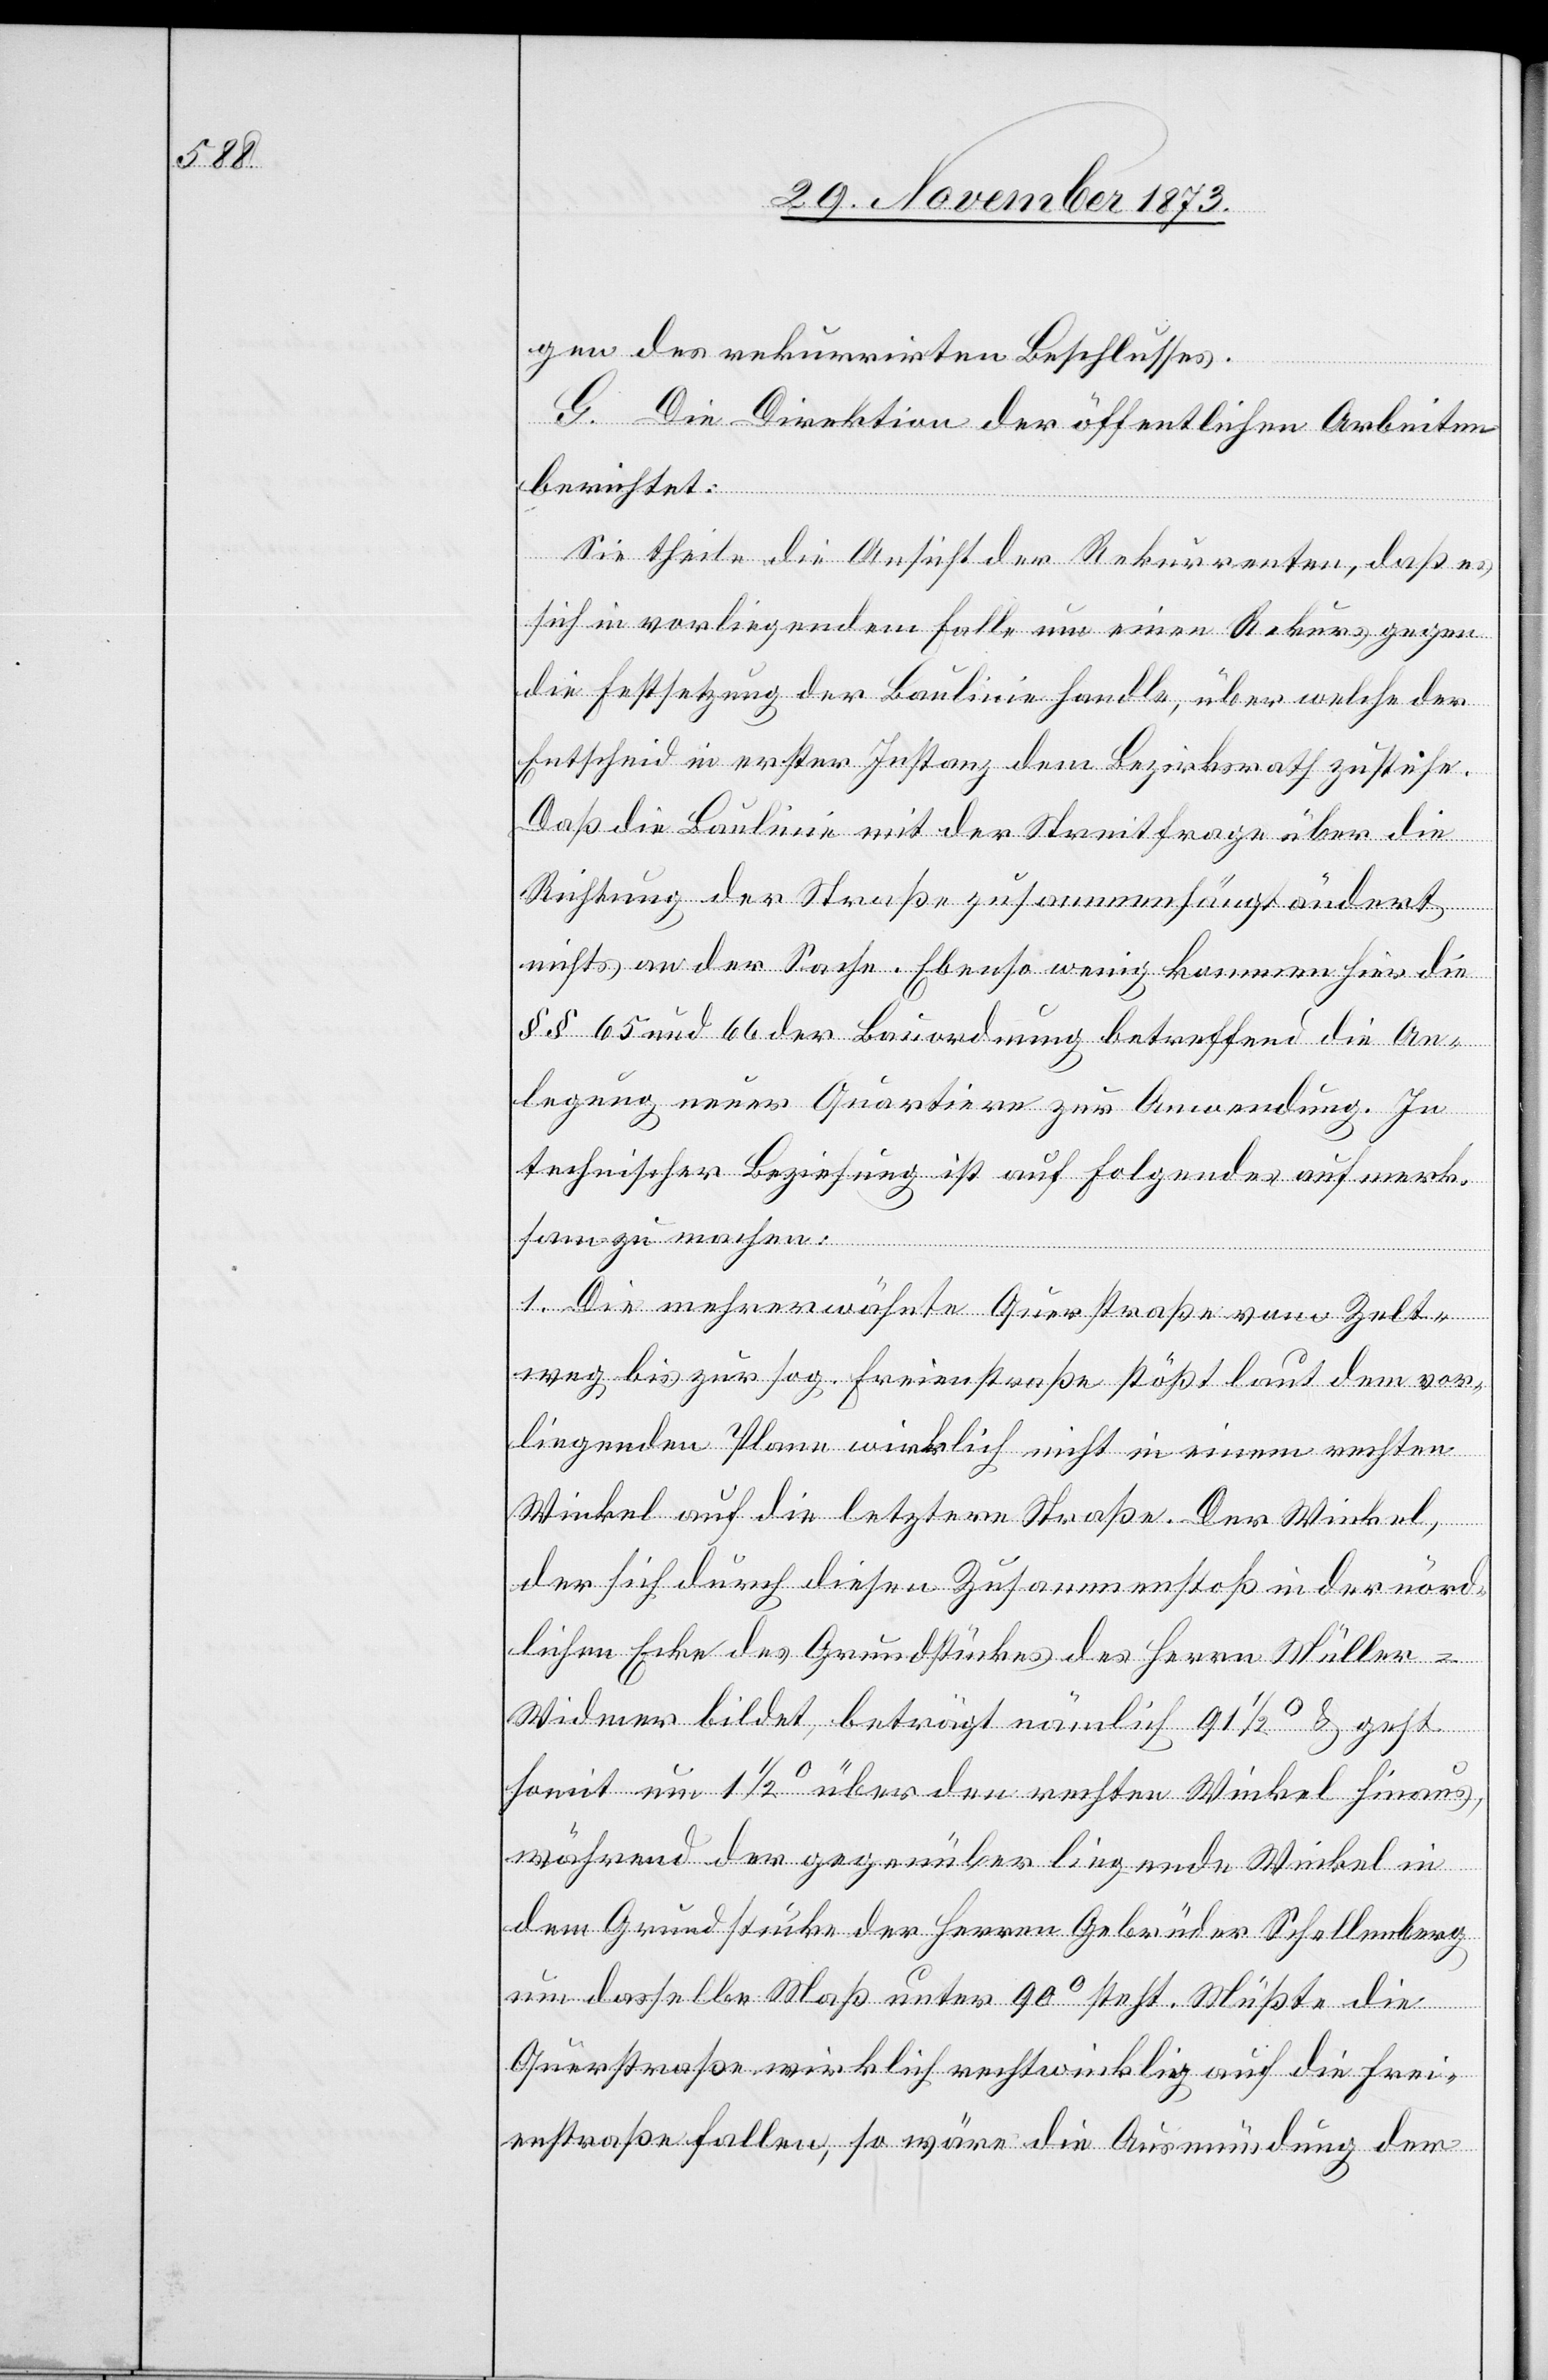
gen des rekurrirten Beschlusses.
G. Die Direktion der öffentlichen Arbeiten
berichtet:
Sie theile die Ansicht der Rekurrenten, daß es
sich in vorliegendem Falle um einen Rekurs gegen
die Festsetzung der Baulinie handle, über welche der
Entscheid in erster Instanz dem Bezirksrath zustehe.
Daß die Baulinie mit der Streitfrage über die
Richtung der Straße zusammenhängt ändert
nichts an der Sache. Ebenso wenig kommen hier die
§§ 65 und 66 der Bauordnung betreffend die An¬
legung neuer Quartiere zur Anwendung. In
technischer Beziehung ist auf Folgendes aufmerk¬
sam zu machen:
1. Die mehrerwähnte Querstraße vom Zelt¬
weg bis zur sog. Freienstraße stößt laut dem vor¬
liegenden Plane wirklich nicht in einem rechten
Winkel auf die letztere Straße. Der Winkel,
der sich durch diesen Zusammenstoß in der nörd¬
lichen Ecke des Grundstückes des Herrn Müller-W¬
idmer bildet, beträgt nämlich 91 1/2° & geht
somit um 1 1/2° über den rechten Winkel hinaus,
während der gegenüber liegende Winkel in
dem Grundstücke der Herren Gebrüder Schellenberg
um dasselbe Maß unter 90° steht. Müßte die
Querstraße wirklich rechtwinklig auf die Frei¬
enstraße fallen, so wäre die Ausmündung der